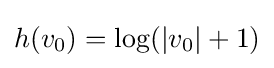
h(v_{0})=\log(|v_{0}|+1)